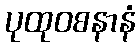
ပုထုဝစနာနံ